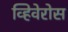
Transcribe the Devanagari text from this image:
व्हिवेरोस